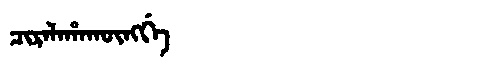
Manchu: ᠴᡳᡵᠠᠯᠠᡥᠠᡴᡡᠩᡤᡝ
Romanization: CIRALAHAKŪNGGE